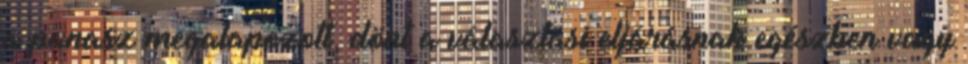
a panasz megalapozott, dönt a választási eljárásnak egészben vagy